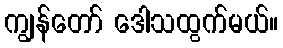
ကျွန်တော် ဒေါသထွက်မယ်။